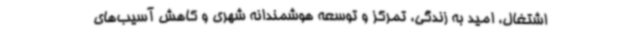
اشتغال، امید به زندگی، تمرکز و توسعه هوشمندانه شهری و کاهش آسیب‌های